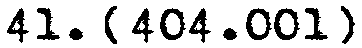
41. [404.001]